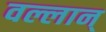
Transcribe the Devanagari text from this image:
वल्लान्